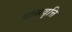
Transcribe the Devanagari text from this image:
दासवृत्ति